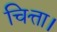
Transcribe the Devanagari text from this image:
चित्ता।